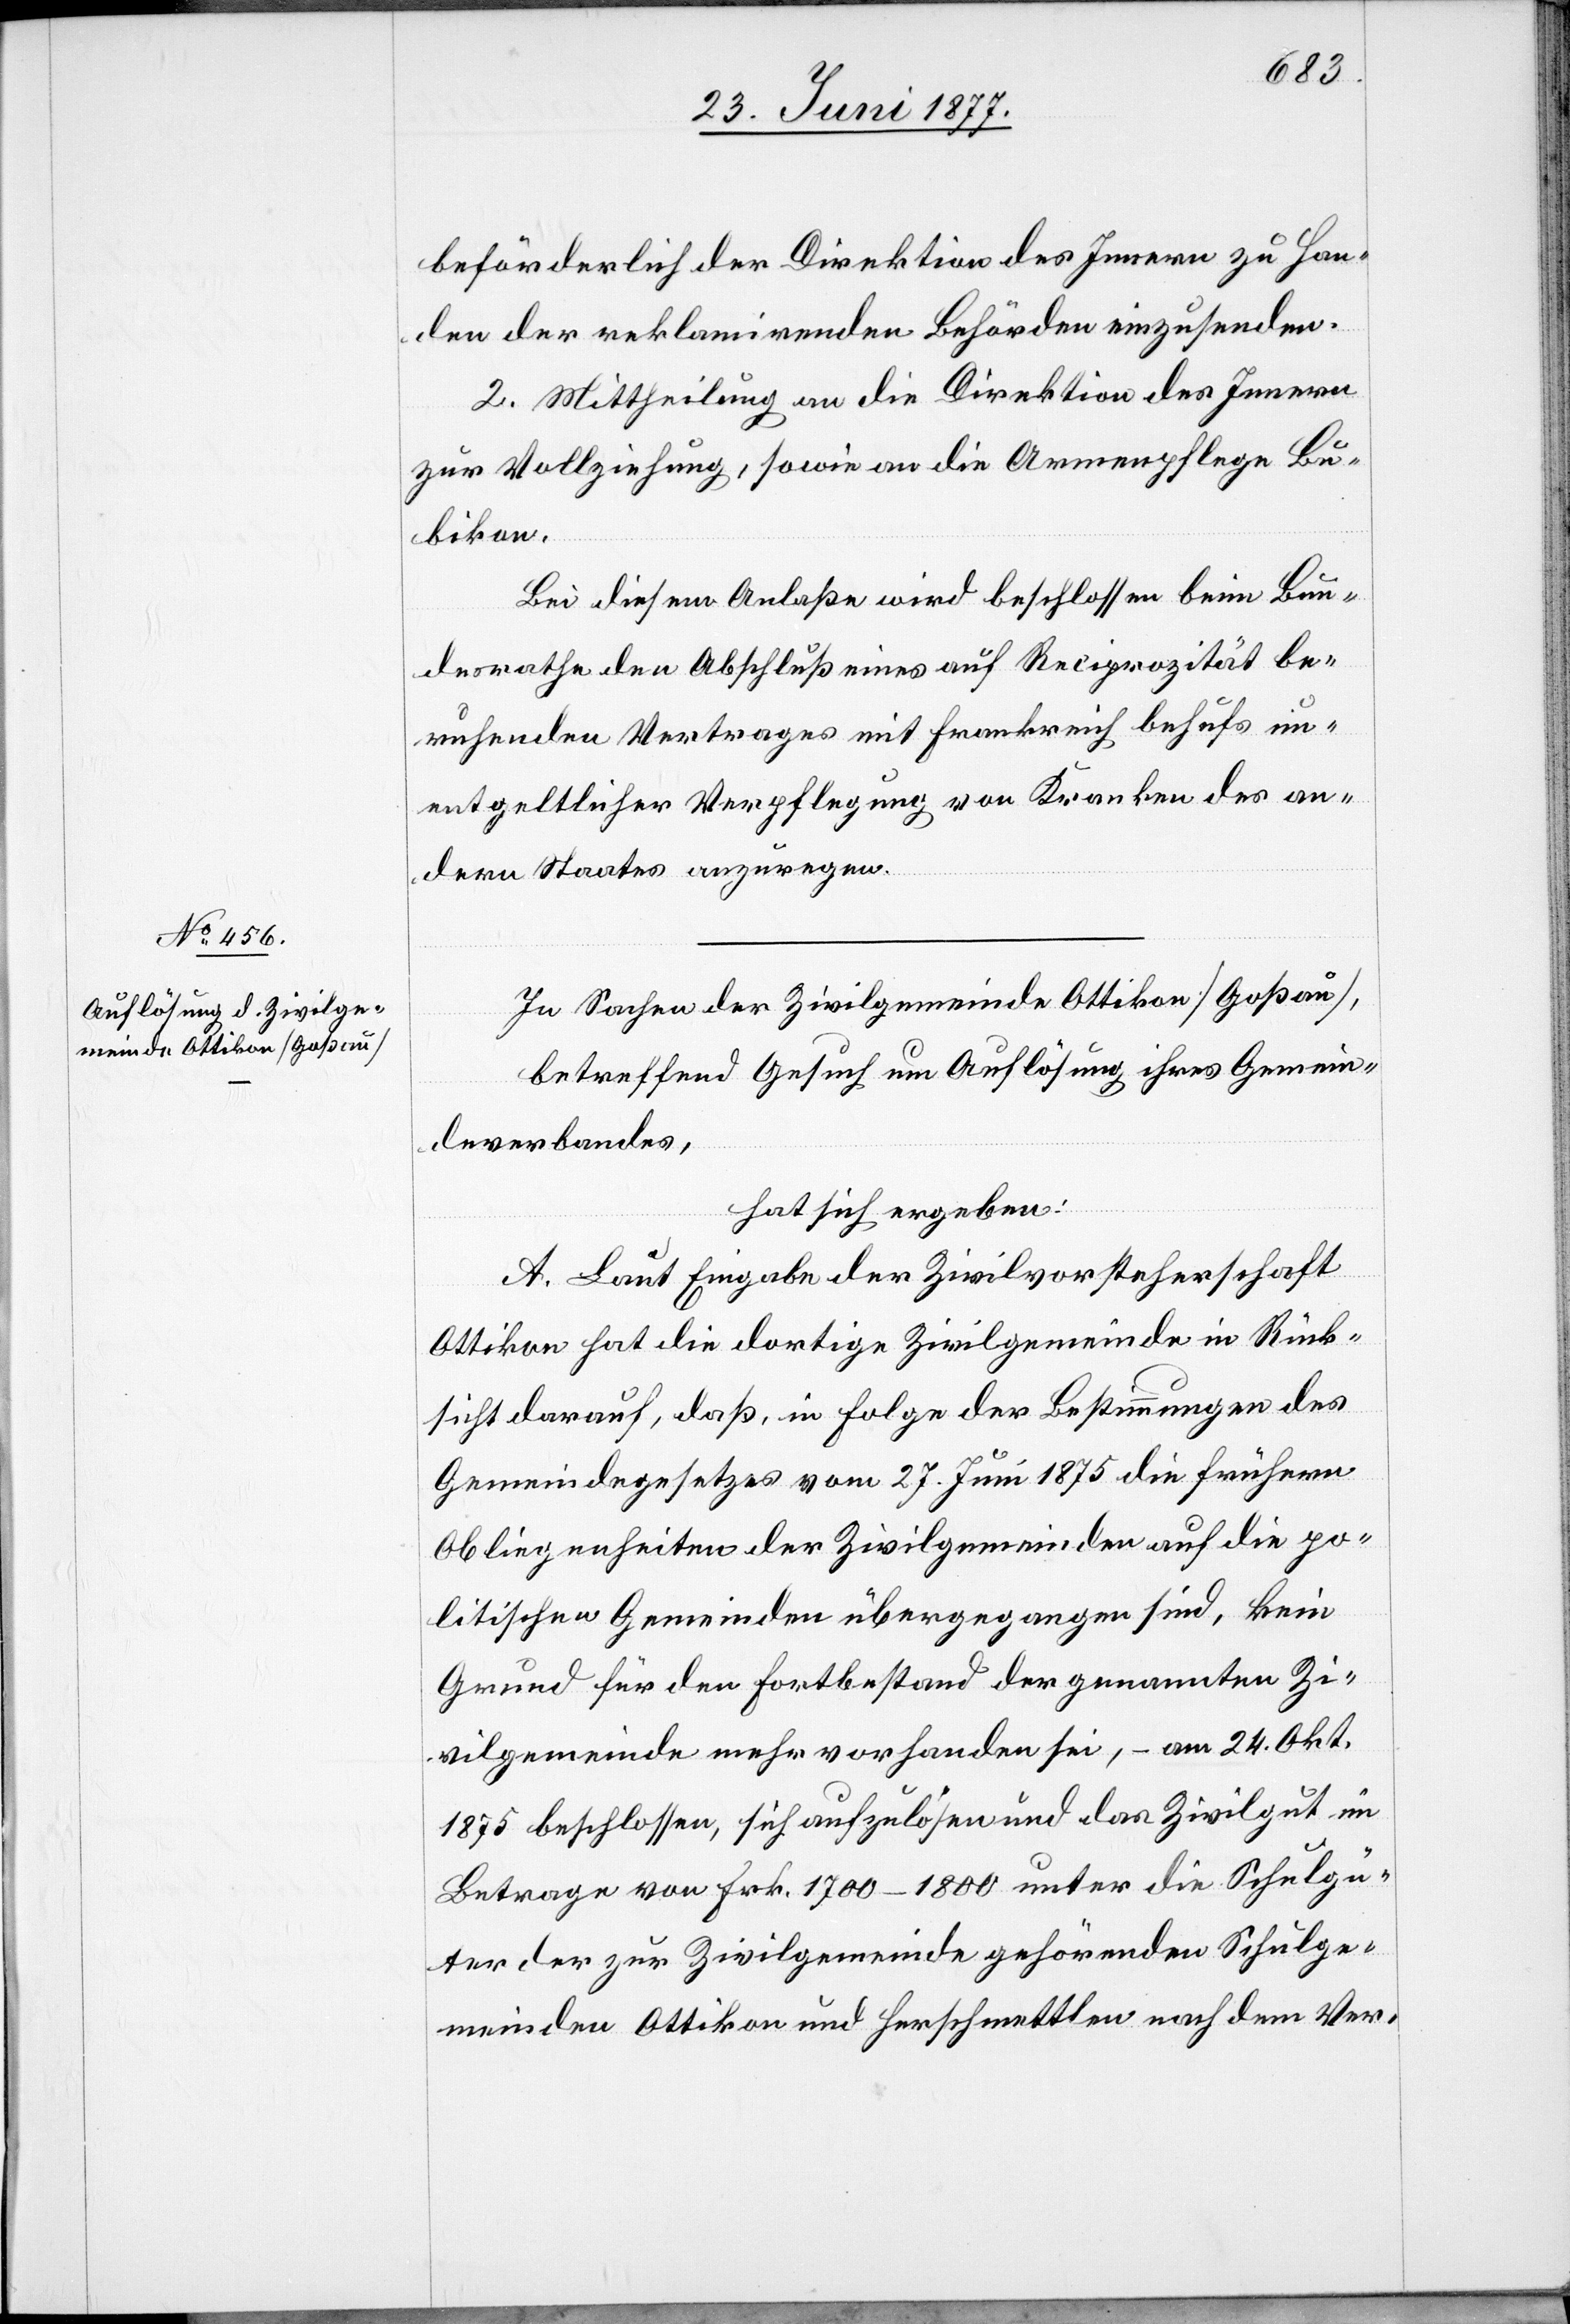
In Sachen der Zivilgemeinde Ottikon [Goßau],
betreffend Gesuch um Auflösung ihres Gemein¬
deverbandes,
hat sich ergeben:
A. Laut Eingabe der Zivilvorsteherschaft
Ottikon hat die dortige Zivilgemeinde in Rück¬
sicht darauf, daß, in Folge der Bestimmungen des
Gemeindegesetzes vom 27. Juni 1875 die frühern
Obliegenheiten der Zivilgemeinde auf die po¬
litische Gemeinde übergegangen sind, kein
Grund für den Fortbestand der genannten Zi¬
vilgemeinde mehr vorhanden sei, – am 24. Okt.
1875 beschlossen, sich aufzulösen und das Zivilgut im
Betrage von Frk. 1700–1800 unter die Schulgü¬
ter der zur Zivilgemeinde gehörenden Schulge¬
meinden Ottikon und Herschmettlen nach dem Ver-